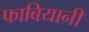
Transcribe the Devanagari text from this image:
फाबियानी